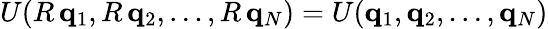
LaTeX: U(R\, \mathbf{q}_{1},R\, \mathbf{q}_{2},\dots,R\, \mathbf{q}_{N})=U(\mathbf{q}_{1},\mathbf{q}_{2},\dots,\mathbf{q}_{N})